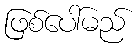
ဖြစ်ပေါ်မည်